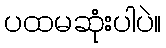
ပထမဆုံးပါပဲ။